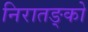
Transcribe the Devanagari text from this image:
निरातङ्को